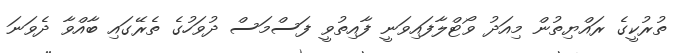
ތުރުކީގެ ރައްޔިތުން މިއަދު ވޯޓްލާފައިވަނީ ފާއިތުވީ ފަސްމަސް ދުވަހުގެ ތެރޭގައި ބާއްވާ ދެވަނަ